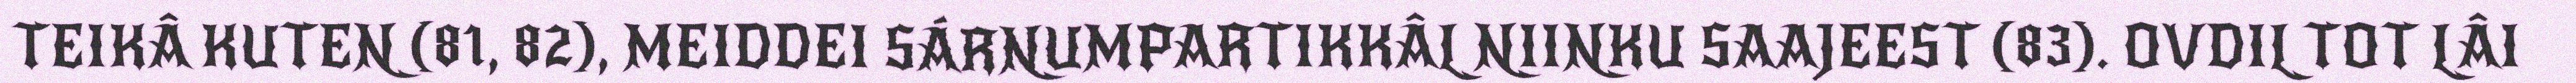
TEIKÂ KUTEN (81, 82), MEIDDEI SÁRNUMPARTIKKÂL NIINKU SAAJEEST (83). OVDIL TOT LÂI